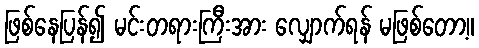
ဖြစ်နေပြန်၍ မင်းတရားကြီးအား လျှောက်ရန် မဖြစ်တော့။